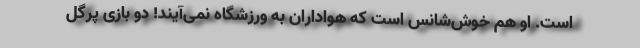
است. او هم خوش‌شانس است که هواداران به ورزشگاه نمی‌آیند! دو بازی پرگل